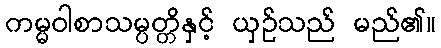
ကမ္မဝါစာသမ္ပတ္တိနှင့် ယှဉ်သည် မည်၏။